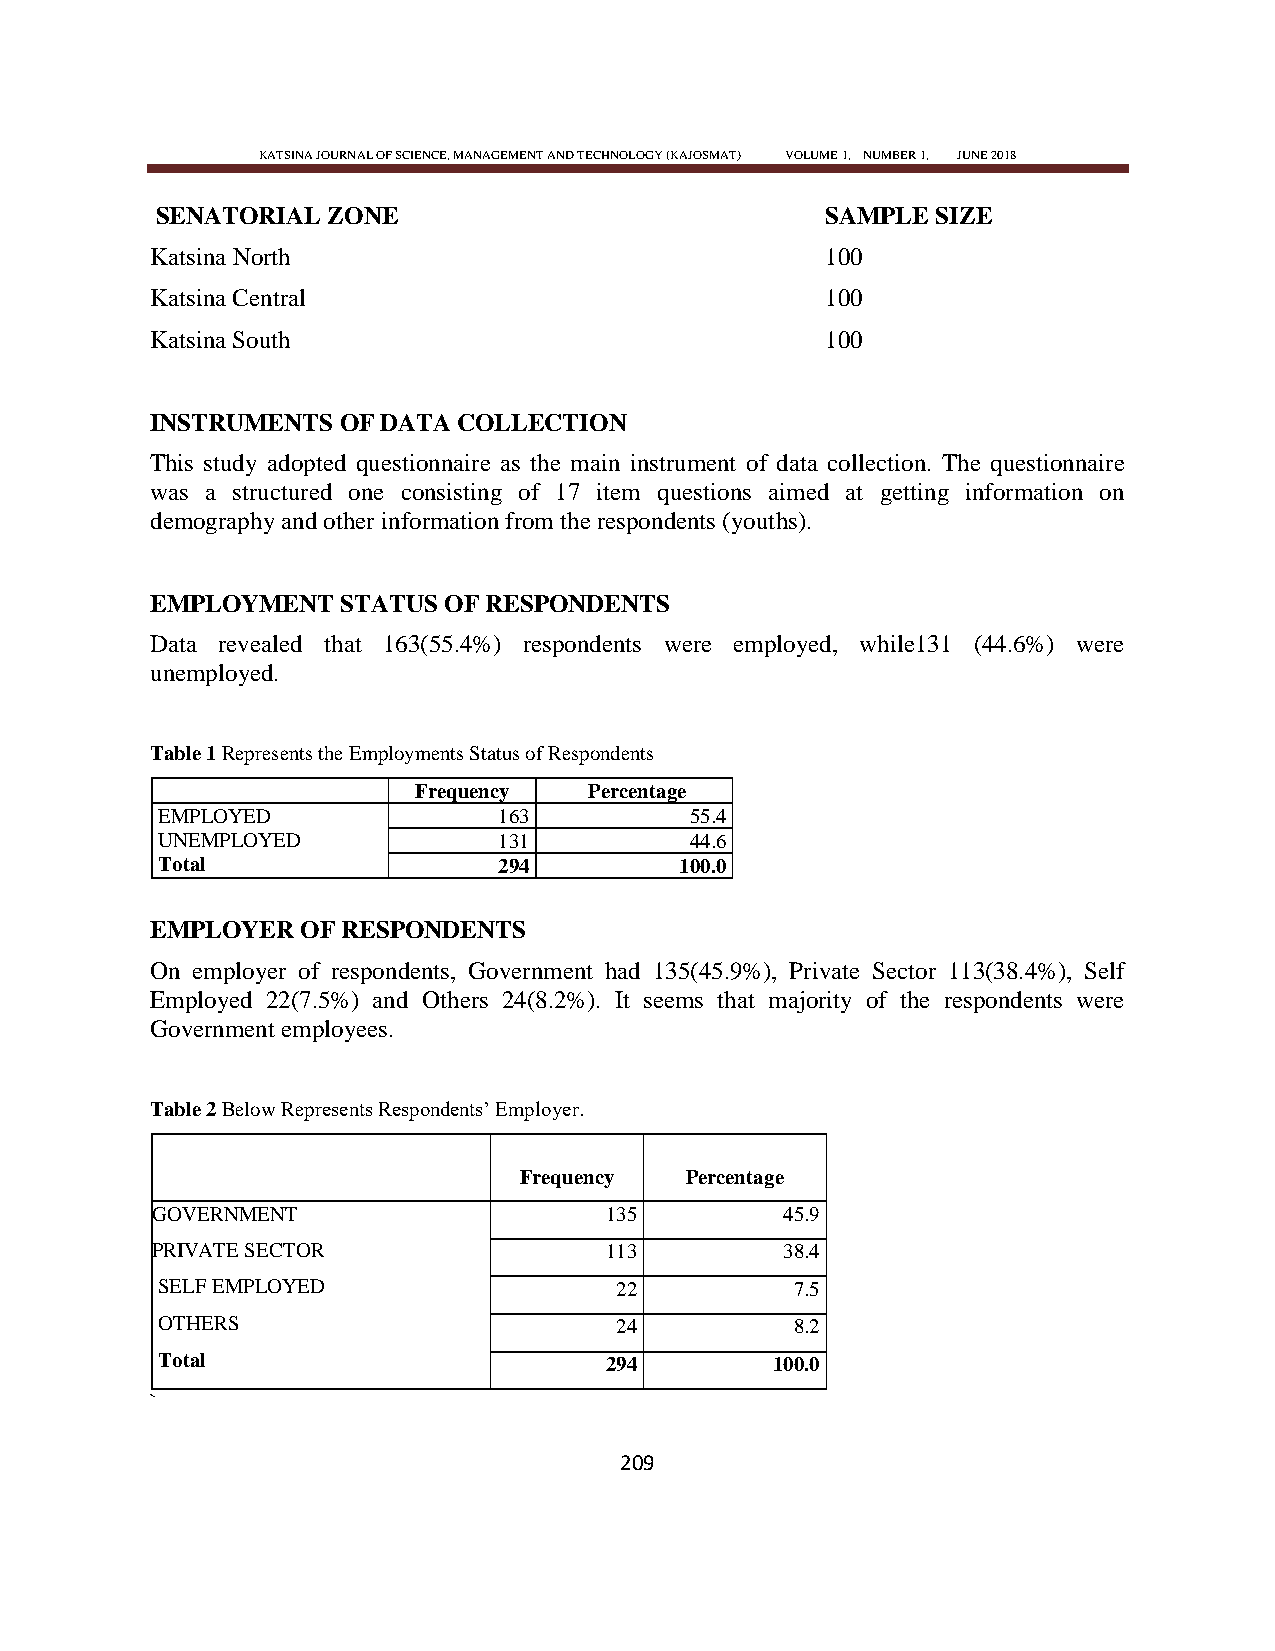
KATSINA JOURNAL OF SCIENCE, MANAGEMENT AND TECHNOLOGY (KAJOSMAT) VOLUME 1, NUMBER 1, JUNE 2018
 SENATORIAL  ZONE                             SAMPLE SIZE
 Katsina North                                100
 Katsina Central                              100
 Katsina South                                100
 INSTRUMENTS OF DATA COLLECTION
 This study adopted questionnaire as the main instrument of data collection. The questionnaire
 was a structured one consisting of 17 item questions aimed at getting information on
 demography and other information from the respondents (youths).
 EMPLOYMENT   STATUS OF RESPONDENTS
 Data revealed that 163(55.4%) respondents were employed, while131 (44.6%) were
 unemployed.
 Table 1 Represents the Employments Status of Respondents
 Frequency   Percentage
 EMPLOYED               163          55.4
 UNEMPLOYED             131          44.6
 Total                  294         100.0
 EMPLOYER  OF RESPONDENTS
 On employer of respondents, Government had 135(45.9%), Private Sector 113(38.4%), Self
 Employed 22(7.5%) and Others 24(8.2%). It seems that majority of the respondents were
 Government employees.
 Table 2 Below Represents Respondents‘ Employer.
 Frequency  Percentage
 GOVERNMENT                    135         45.9
 PRIVATE SECTOR                113         38.4
 SELF EMPLOYED                  22          7.5
 OTHERS                         24          8.2
 Total                         294        100.0
 `
 209